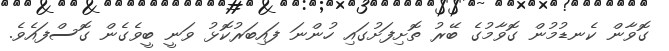
ގޮވާން ކެނޑުމުން ގޮވާމުގެ ބޭރު ތޮށިފަށުގައި ހުންނަ ފައިބަރުކޮޅު ވަނީ ބީވެގެން ގޮސްފައެވެ.